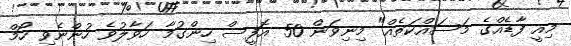
މިއީ ފާޑެއްގެ މަސައްކަތެއް" މިނިވަން 50 އޮފީސް ހިންގުމާ ހަވާލުވެ ހުންނެވި ހޯމް